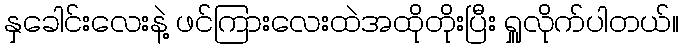
နှခေါင်းလေးနဲ့ ဖင်ကြားလေးထဲအထိုတိုးပြီး ရှူလိုက်ပါတယ်။